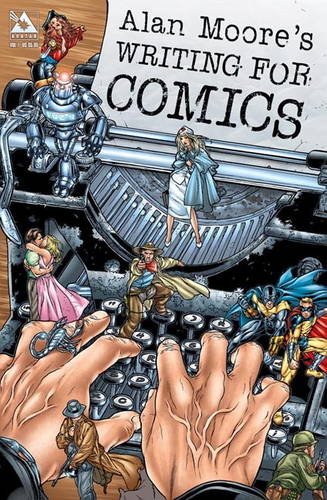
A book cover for Alan Moore's Writing For Comics Volume 1; Alan Moore; Comics & Graphic Novels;